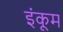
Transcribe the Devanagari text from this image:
इंकूम